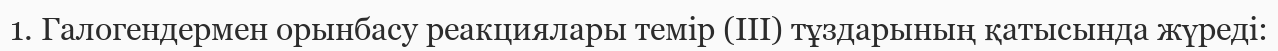
1. Галогендермен орынбасу реакциялары темір (III) тұздарының қатысында жүреді: